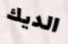
الديك